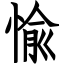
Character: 愉